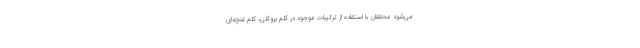
می‌شود محققان با استفاده از ترکیبات موجود در کلم بروکلی، کلم غنچه‌ای